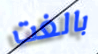
بالغت